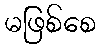
မဖြစ်စေ